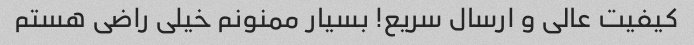
کیفیت عالی و ارسال سریع! بسیار ممنونم خیلی راضی هستم